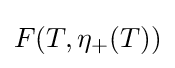
F(T,\eta _{+}(T))